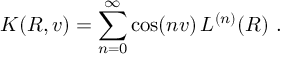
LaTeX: K ( R , v ) = \sum _ { n = 0 } ^ { \infty } \cos ( n v ) \, L ^ { ( n ) } ( R ) \ .